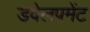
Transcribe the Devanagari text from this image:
डवेलपमेंट